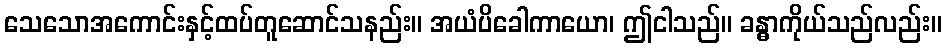
သေသောအကောင်းနှင့်ထပ်တူဆောင်သနည်း။ အယံပိခေါကာယော၊ ဤငါသည်။ ခန္ဓာကိုယ်သည်လည်း။